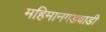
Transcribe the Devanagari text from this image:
महिमानगडवाडी